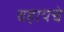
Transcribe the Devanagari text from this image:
वहायचे